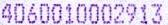
4060010002913